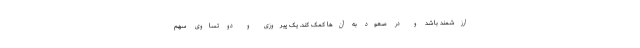
ارزشمند باشد و در صعود به آن‌ها کمک کند. یک پیروزی و دو تساوی سهم